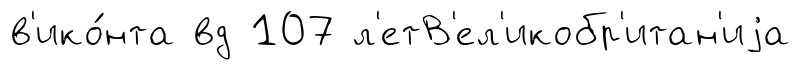
в'ико́нта вд 107 л'етВ'ел'икобр'итан'иjа